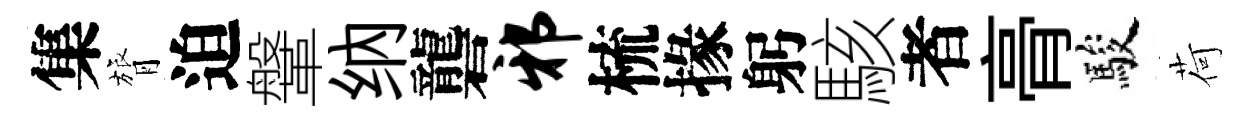
集膂迫鞶纳礱邪梳掾躬駭者𮌔駿荷